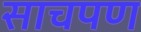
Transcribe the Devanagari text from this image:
साचपण